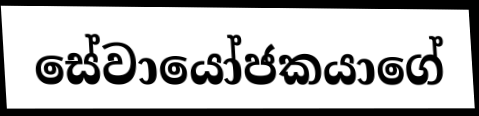
සේවායෝජකයාගේ